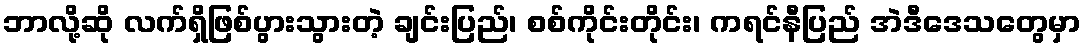
ဘာလို့ဆို လက်ရှိဖြစ်ပွားသွားတဲ့ ချင်းပြည်၊ စစ်ကိုင်းတိုင်း၊ ကရင်နီပြည် အဲဒီဒေသတွေမှာ